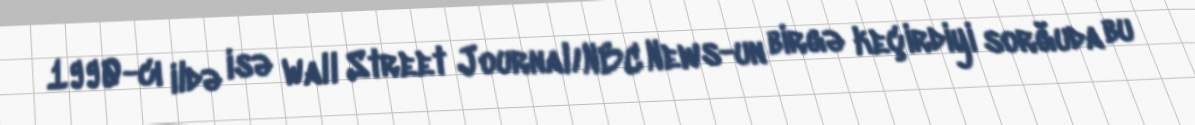
1990-cı ildə isə Wall Street Journal/NBC News-un birgə keçirdiyi sorğuda bu